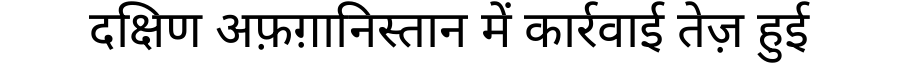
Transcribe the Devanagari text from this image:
दक्षिण अफ़ग़ानिस्तान में कार्रवाई तेज़ हुई